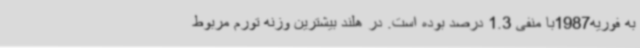
به فوریه1987با منفی 1.3 درصد بوده است. در هلند بیشترین وزنه تورم مربوط